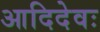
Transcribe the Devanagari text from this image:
आदिदेवः